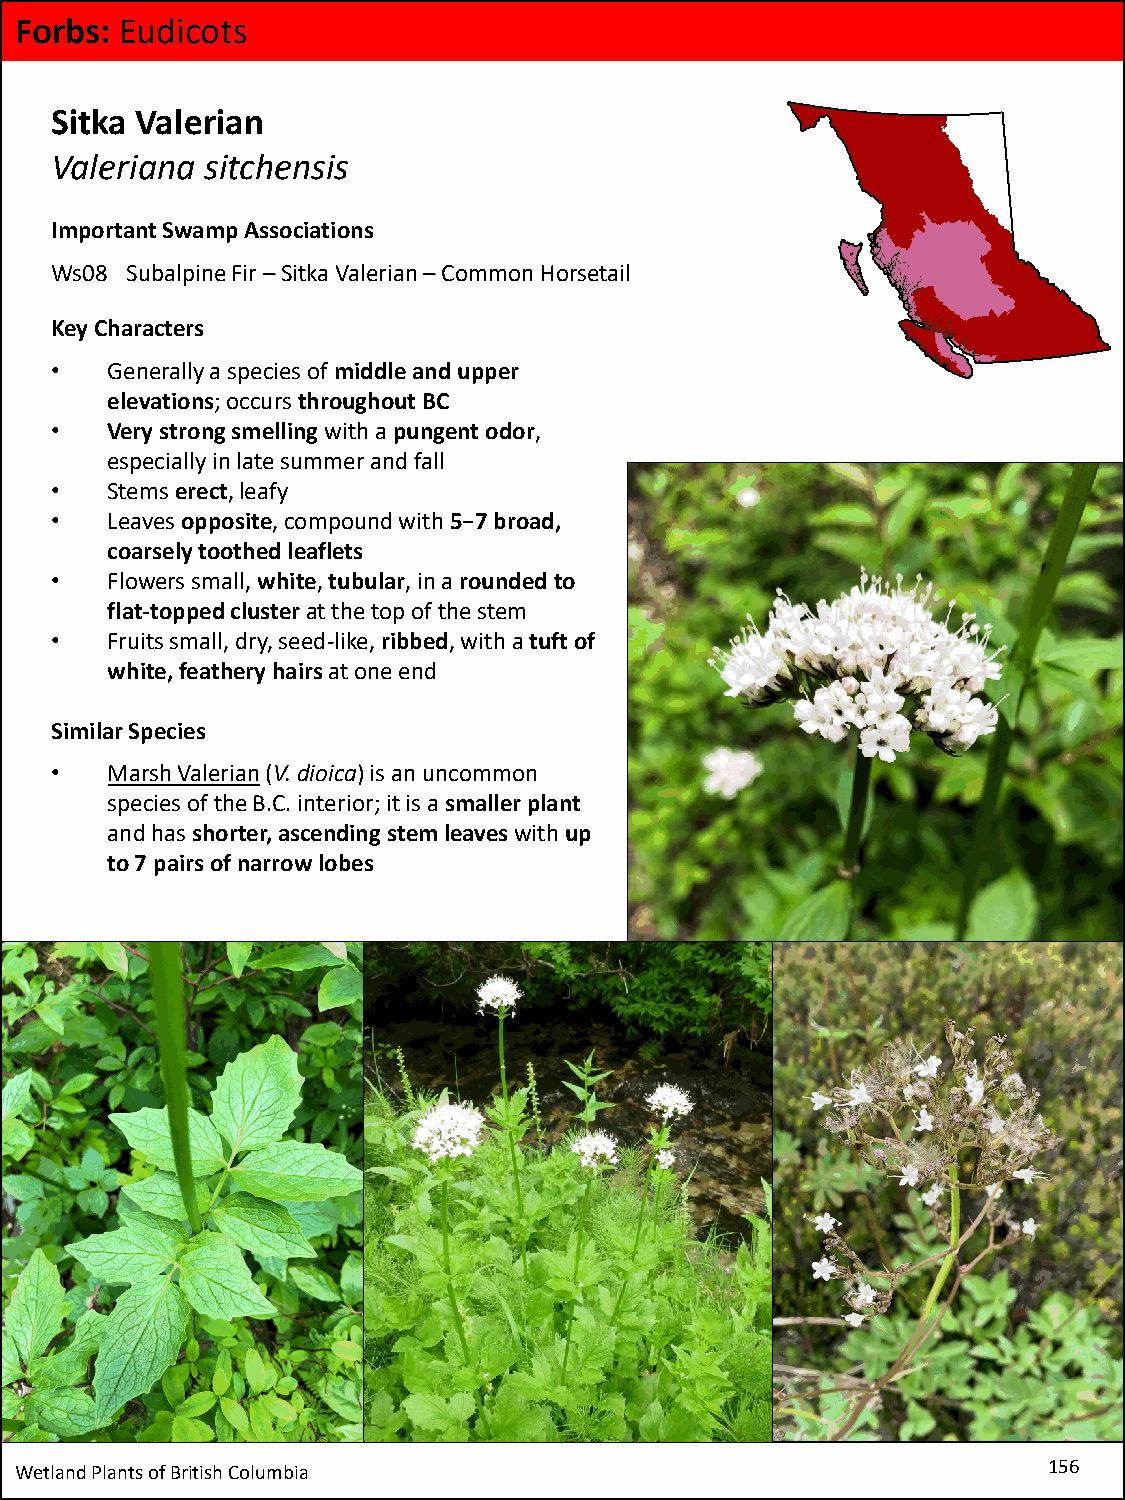
Forbs: Eudicots
 Sitka Valerian
 Valeriana  sitchensis
 Important Swamp Associations
 Ws08 Subalpine Fir –Sitka Valerian –Common Horsetail
 Key Characters
 •   Generally a species of middle and upper
 elevations;occurs throughout BC
 •   Very strong smelling with a pungent odor,
 especially in late summer and fall
 •   Stems erect, leafy
 •   Leaves opposite, compound with 5−7 broad,
 coarsely toothed leaflets
 •   Flowers small, white, tubular, in a rounded to
 flat-topped cluster at the top of the stem
 •   Fruits small, dry, seed-like, ribbed, with a tuft of
 white, feathery hairsat one end
 Similar Species
 •   Marsh Valerian(V. dioica) is an uncommon
 species of the B.C. interior; it is a smaller plant
 and has shorter, ascending stem leaveswith up
 to 7 pairs of narrow lobes
 Wetland Plants of British Columbia                                  156